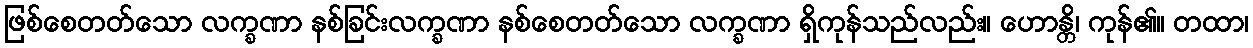
ဖြစ်စေတတ်သော လက္ခဏာ နစ်ခြင်းလက္ခဏာ နစ်စေတတ်သော လက္ခဏာ ရှိကုန်သည်လည်း။ ဟောန္တိ၊ ကုန်၏။ တထာ၊